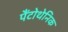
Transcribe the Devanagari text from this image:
पैंटोथेनिक